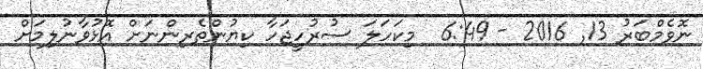
ނޮވެމްބަރު 13